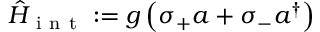
\hat { H } _ { \mathrm { ~ i ~ n ~ t ~ } } : = g \left( \sigma _ { + } a + \sigma _ { - } a ^ { \dagger } \right)